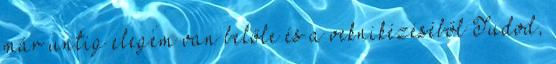
már untig elegem van belőle és a veknikézéséből Tudod,